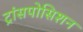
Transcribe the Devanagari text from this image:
ट्रांसपोसिशन